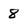
Character: 8